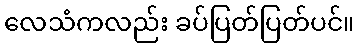
လေသံကလည်း ခပ်ပြတ်ပြတ်ပင်။